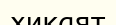
хикаят